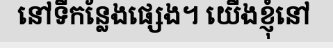
នៅទីកន្លែងផ្សេង។ យើងខ្ញុំនៅ